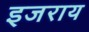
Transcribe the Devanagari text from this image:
इजराय